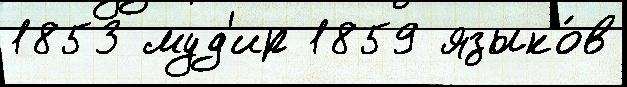
1853 муд'ир 1859 языко́в